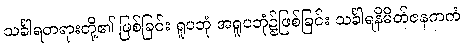
သင်္ခါရတရားတို့၏ ဖြစ်ခြင်း ရူပဘုံ အရူပဘုံ၌ဖြစ်ခြင်း သင်္ခါရနိမိတ်ဇနကကံ